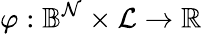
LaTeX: \varphi:\mathbb{B}^{\mathcal{N}}\times\mathcal{L}\rightarrow\mathbb{R}